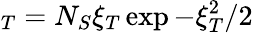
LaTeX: _T=N_{S}\xi_{T}\exp{-\xi_{T}^{2}/2}